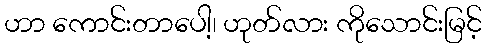
ဟာ ကောင်းတာပေါ့၊ ဟုတ်လား ကိုသောင်းမြင့်